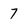
Character: 7